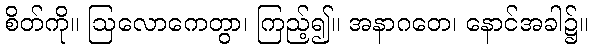
စိတ်ကို။ ဩလောကေတွာ၊ ကြည့်၍။ အနာဂတေ၊ နောင်အခါ၌။